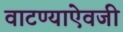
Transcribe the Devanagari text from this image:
वाटण्याऐवजी